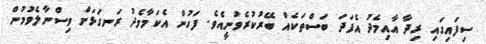
ސިފައިގައި ރިދާ އާއިމެދު އެފަދަ ބަސްތަކެއް ބޭރުކުރެވުނީއެވެ. ފަހުން އެކަމާމެދު ރަނގަޅަށް ވިސްނާލެވުމުން